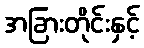
အခြားတိုင်းနှင့်